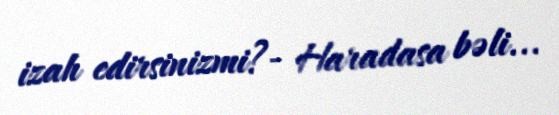
izah edirsinizmi?- Haradasa bəli...